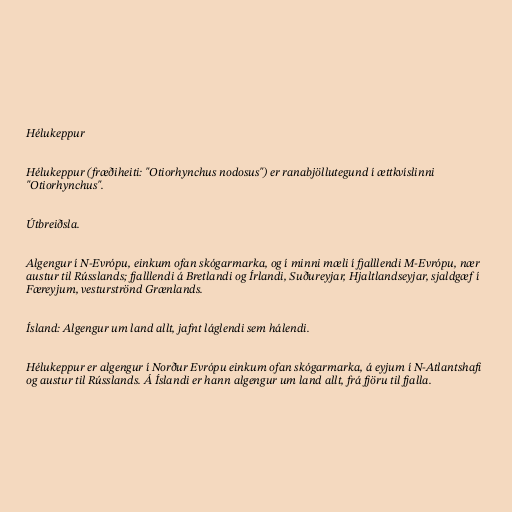
Hélukeppur

Hélukeppur (fræðiheiti: "Otiorhynchus nodosus") er ranabjöllutegund í ættkvíslinni
"Otiorhynchus".

Útbreiðsla.

Algengur í N-Evrópu, einkum ofan skógarmarka, og í minni mæli í fjalllendi M-Evrópu, nær
austur til Rússlands; fjalllendi á Bretlandi og Írlandi, Suðureyjar, Hjaltlandseyjar, sjaldgæf í
Færeyjum, vesturströnd Grænlands.

Ísland: Algengur um land allt, jafnt láglendi sem hálendi.

Hélukeppur er algengur í Norður Evrópu einkum ofan skógarmarka, á eyjum í N-Atlantshafi
og austur til Rússlands. Á Íslandi er hann algengur um land allt, frá fjöru til fjalla.